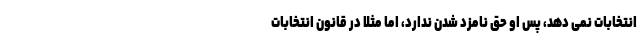
انتخابات نمی دهد، پس او حق نامزد شدن ندارد، اما مثلا در قانون انتخابات